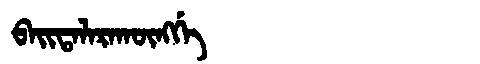
Manchu: ᠪᠠᡳᡨᠠᠯᠠᡵᠠᡴᡡᠩᡤᡝ
Romanization: BAITALARAKŪNGGE